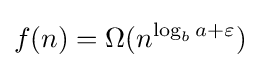
f(n)=\Omega (n^{\log _{b}a+\varepsilon })